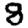
Digit: 8